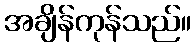
အချိန်ကုန်သည်။